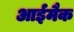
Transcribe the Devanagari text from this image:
आईमैक